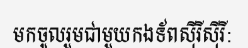
មកចូលរួមជាមួយកងទ័ពស៊ីរីស៊ីរី: